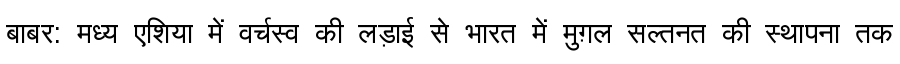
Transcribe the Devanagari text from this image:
बाबर: मध्य एशिया में वर्चस्व की लड़ाई से भारत में मुग़ल सल्तनत की स्थापना तक